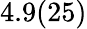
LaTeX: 4.9(25)